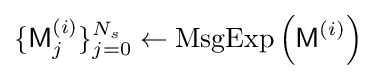
\{{\textsf {M}}_{j}^{(i)}\}_{j=0}^{N_{s}}\leftarrow {\textrm {MsgExp}}\left({\textsf {M}}^{(i)}\right)